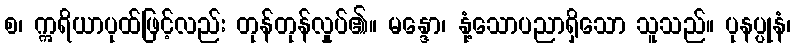
စ၊ ဣရိယာပုထ်ဖြင့်လည်း တုန်တုန်လှုပ်၏။ မန္ဒော၊ နုံ့သောပညာရှိသော သူသည်။ ပုနပ္ပုနံ၊